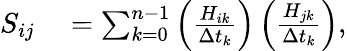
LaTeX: \begin{array}{rl}{S_{ij}}&{{}=\sum_{k=0}^{n-1}\left(\frac{H_{ik}}{\Delta t_{k}}\right)\left(\frac{H_{jk}}{\Delta t_{k}}\right),}\end{array}